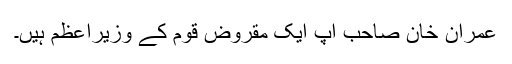
عمران خان صاحب آپ ایک مقروض قوم کے وزیراعظم ہیں۔